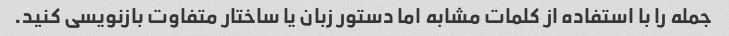
جمله را با استفاده از کلمات مشابه اما دستور زبان یا ساختار متفاوت بازنویسی کنید.